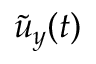
\tilde { u } _ { y } ( t )